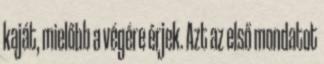
kaját, mielőbb a végére érjek. Azt az első mondatot